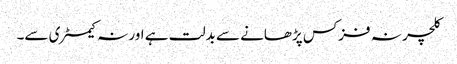
کلچر نہ فزکس پڑھانے سے بدلت ہے اور نہ کیمسٹری سے۔